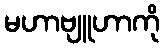
မဟာဗျူဟာကို